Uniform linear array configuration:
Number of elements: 24
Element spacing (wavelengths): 1
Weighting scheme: binomial
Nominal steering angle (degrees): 15
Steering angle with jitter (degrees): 15.463
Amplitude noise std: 0.05
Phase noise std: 0.05

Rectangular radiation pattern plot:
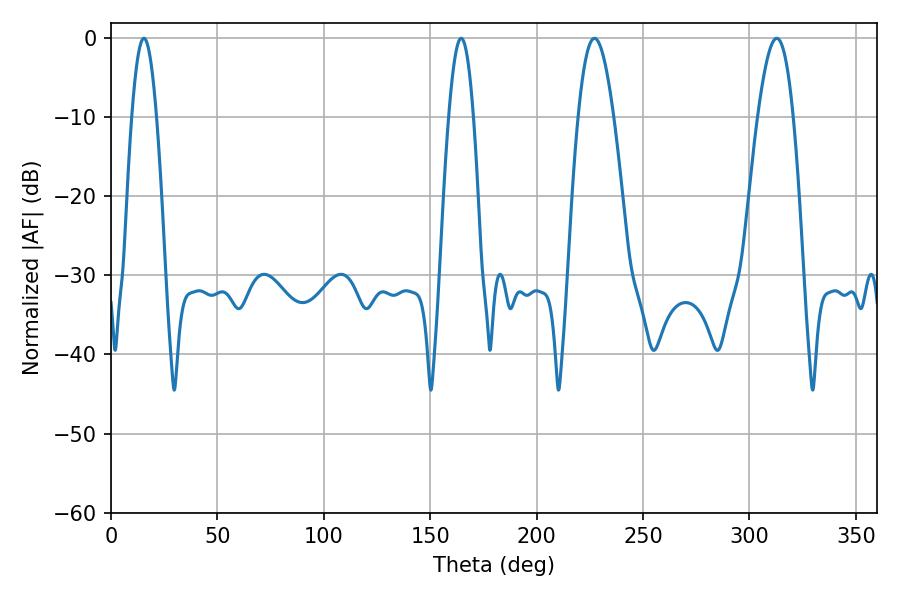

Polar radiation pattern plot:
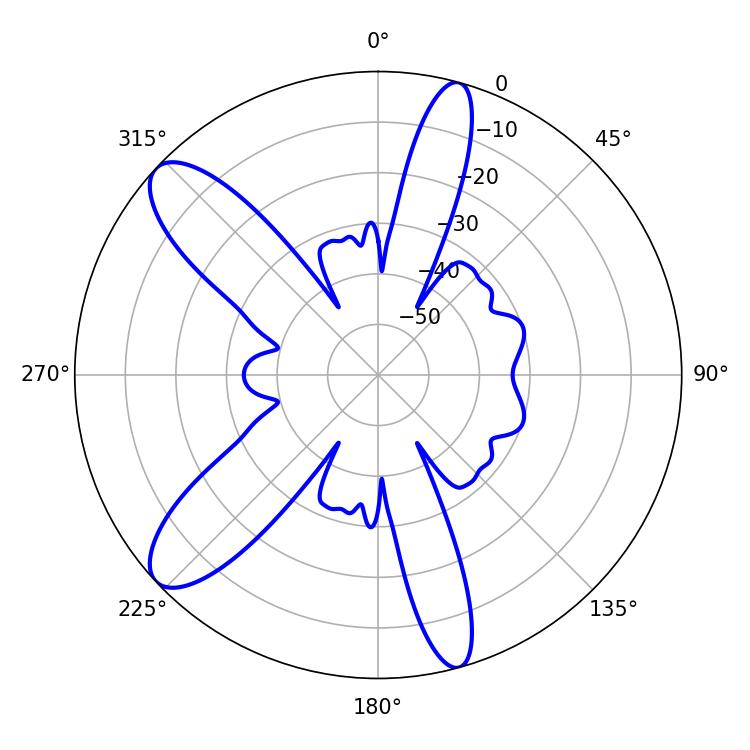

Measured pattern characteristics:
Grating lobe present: TRUE
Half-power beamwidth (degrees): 9
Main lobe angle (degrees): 227.16